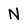
Character: N